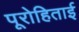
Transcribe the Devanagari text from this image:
पूरोहिताई